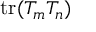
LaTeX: \mathrm { t r } ( T _ { m } T _ { n } )